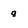
Character: g